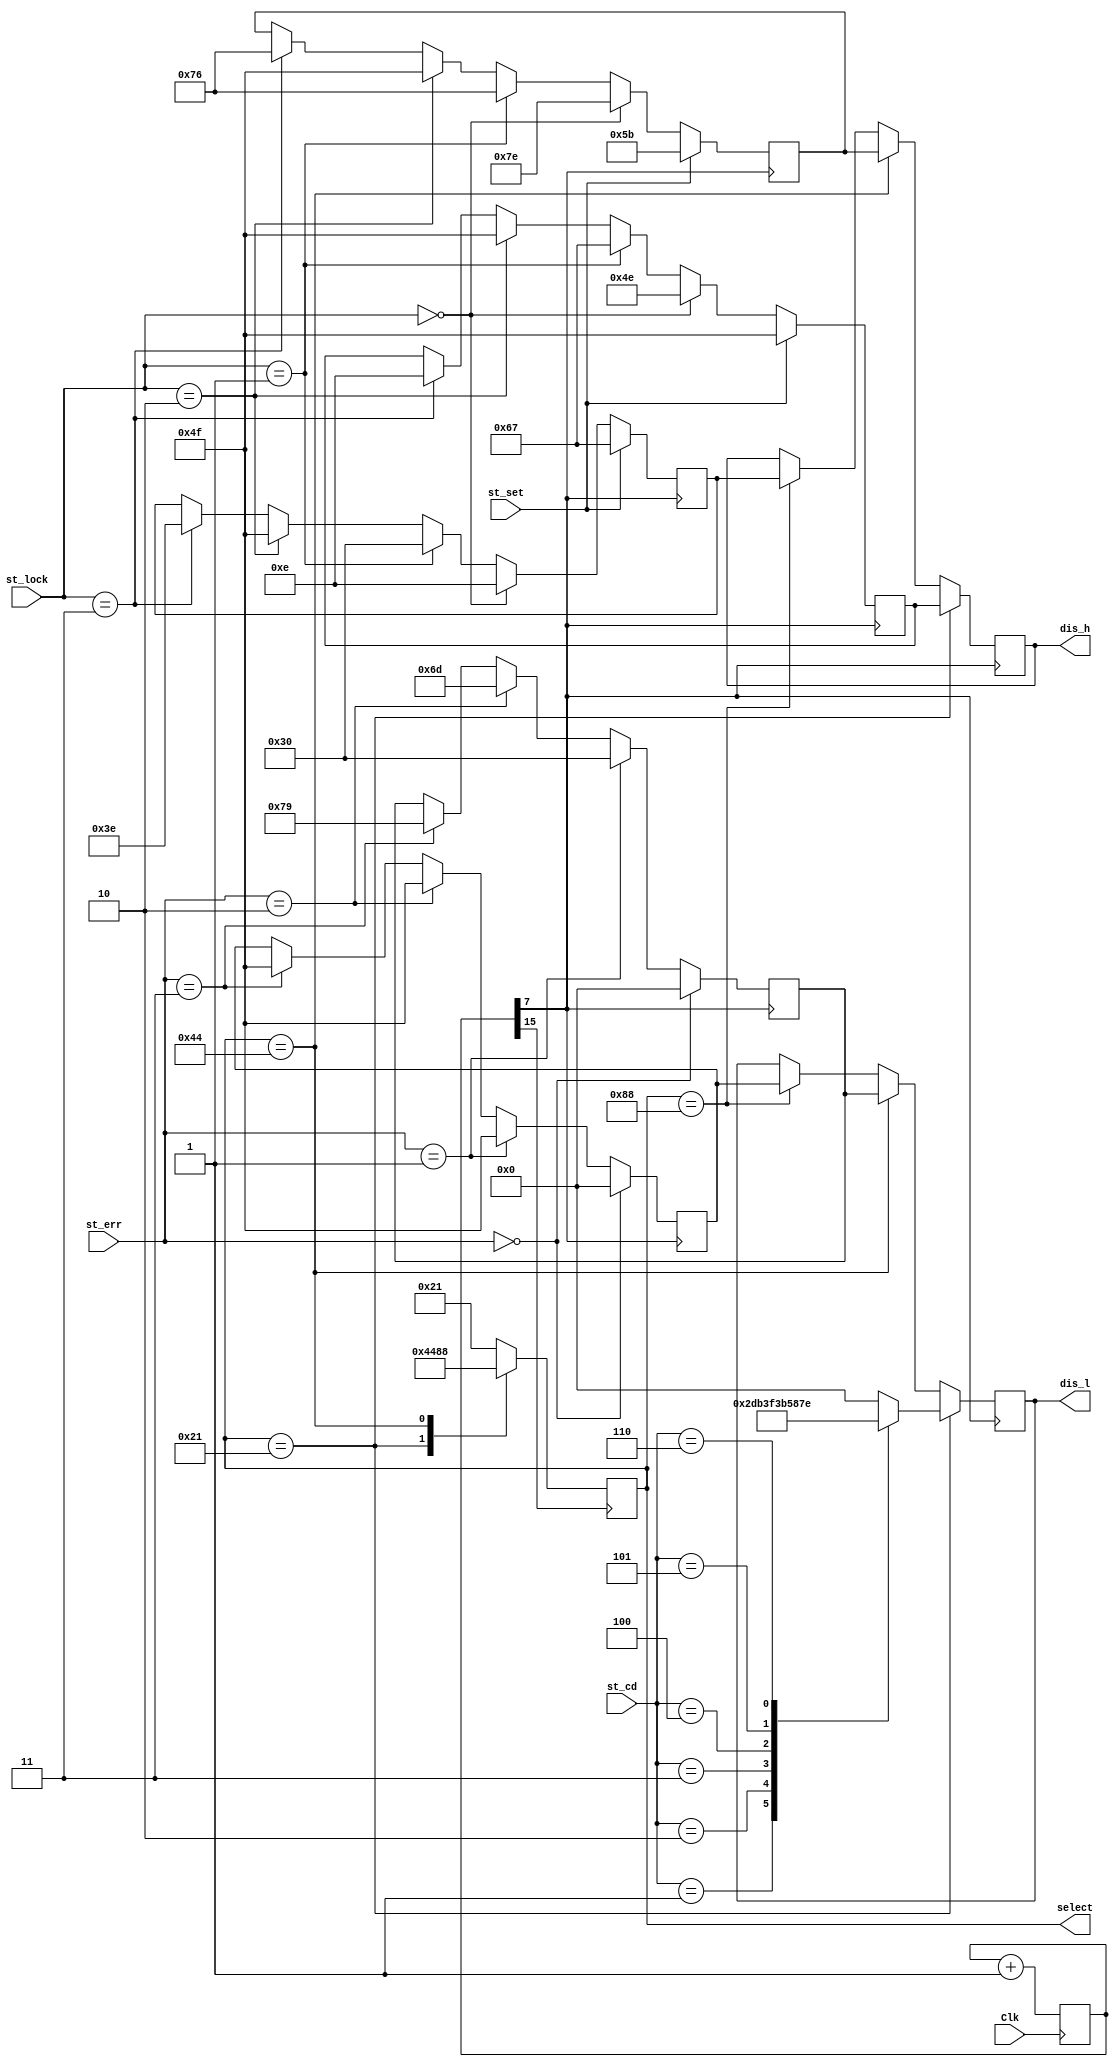
`timescale 1ns / 1ps
//////////////////////////////////////////////////////////////////////////////////
// Company: 
// Engineer: 
// 
// Design Name: 
// Module Name: Display
// Project Name: 
// Target Devices: 
// Tool Versions: 
// Description: 
// 
// Dependencies: 
// 
// Revision:
// Revision 0.01 - File Created
// Additional Comments:
// 
//////////////////////////////////////////////////////////////////////////////////

//
//
module Display(
    input [1:0] st_lock,  //
    input [2:0] st_cd,    //
    input st_set,         //
    input [1:0] st_err,   //
    input Clk,            //
    output reg [6:0] dis_h,  //
    output reg [6:0] dis_l,  //
    output reg [7:0] select  //
    );
    reg [6:0] Lock_ST1;  //1
    reg [6:0] Lock_ST2;  //2
    reg [6:0] Lock_ST3;  //3
    reg [6:0] Err_ST1;   //1
    reg [6:0] Err_ST2;   //2
    reg [15:0] Clk1;      //
initial
begin
    dis_h = 0;
    dis_l = 0;
    select = 8'b00100001;
    Lock_ST1 = 0;
    Lock_ST2 = 0;
    Lock_ST3 = 0;
    Err_ST1 = 0;
    Err_ST2 = 0;
    Clk1 = 0;
end
//
always@(posedge Clk)
begin
    Clk1 = Clk1 + 16'b0000000000000001;
end
//
always@ (posedge Clk1[15])
begin
    case(select)
    8'b00100001:select = 8'b01000100;
    8'b01000100:select = 8'b10001000;
    8'b10001000:select = 8'b00100001;
    default:select = 8'b00100001;
    endcase
end
//
always@ (posedge Clk1[7])
begin
    if(st_set)  //PSE
    begin
        Lock_ST1 = 7'b1100111;
        Lock_ST2 = 7'b1011011;
        Lock_ST3 = 7'b1001111;
    end
    else if(st_lock == 2'b00)  //LOC
    begin
        Lock_ST1 = 7'b0001110;
        Lock_ST2 = 7'b1111110;
        Lock_ST3 = 7'b1001110;
    end
    else if(st_lock == 2'b01)  //INP
    begin
        Lock_ST1 = 7'b0110000;
        Lock_ST2 = 7'b1110110;
        Lock_ST3 = 7'b1100111;
    end
    else if(st_lock == 2'b10)  //EEE
    begin
        Lock_ST1 = 7'b1001111;
        Lock_ST2 = 7'b1001111;
        Lock_ST3 = 7'b1001111;
    end
    else if(st_lock == 2'b11)  //UNL
    begin
        Lock_ST1 = 7'b0111110;
        Lock_ST2 = 7'b1110110;
        Lock_ST3 = 7'b0001110;
    end
end
//
always@ (posedge Clk1[7])
begin
    if(st_err == 2'b00)  //
    begin
        Err_ST1 = 0;
        Err_ST2 = 0;
    end
    else if(st_err == 2'b01)  //E1
    begin
        Err_ST1 = 7'b1001111;
        Err_ST2 = 7'b0110000;
    end
    else if(st_err == 2'b10)  //E2
    begin
        Err_ST1 = 7'b1001111;
        Err_ST2 = 7'b1101101;
    end
    else if(st_err == 2'b11)  //E3
    begin
        Err_ST1 = 7'b1001111;
        Err_ST2 = 7'b1111001;
    end
end
//
always@ (negedge Clk1[7])
begin
    if(select == 8'b00100001)
    begin
        dis_h = Lock_ST3;
        case(st_cd)
        //
        3'b000:dis_l = 7'b0000000;  //
        3'b001:dis_l = 7'b1011011;  //5
        3'b010:dis_l = 7'b0110011;  //4
        3'b011:dis_l = 7'b1111001;  //3
        3'b100:dis_l = 7'b1101101;  //2
        3'b101:dis_l = 7'b0110000;  //1
        3'b110:dis_l = 7'b1111110;  //0
        default:dis_l = 7'b0000000;
        endcase
    end
    else if(select == 8'b01000100)
    begin
        dis_h = Lock_ST2;
        dis_l = Err_ST2;
    end
    else if(select == 8'b10001000)
    begin
        dis_h = Lock_ST1;
        dis_l = Err_ST1;
    end
end
endmodule